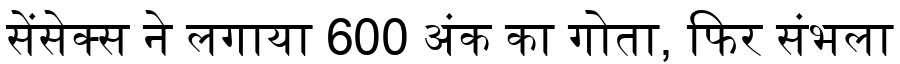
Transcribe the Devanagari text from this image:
सेंसेक्स ने लगाया 600 अंक का गोता, फिर संभला